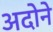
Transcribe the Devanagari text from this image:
अदोने